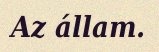
Az állam.